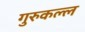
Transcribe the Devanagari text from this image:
गुरुकल्ल